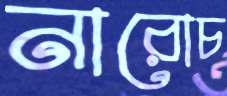
নারোচ